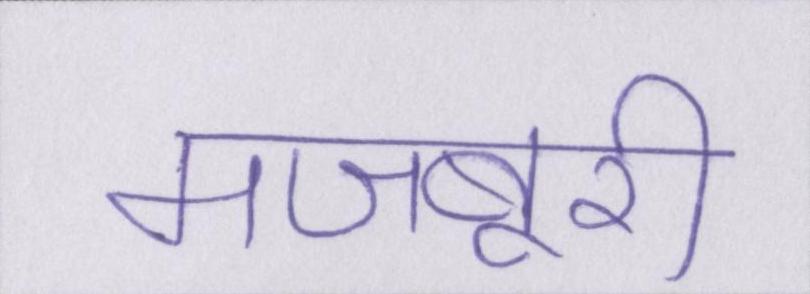
मजबूरी